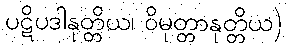
ပဋိပဒါနုတ္တိယ၊ ဝိမုတ္တာနုတ္တိယ)